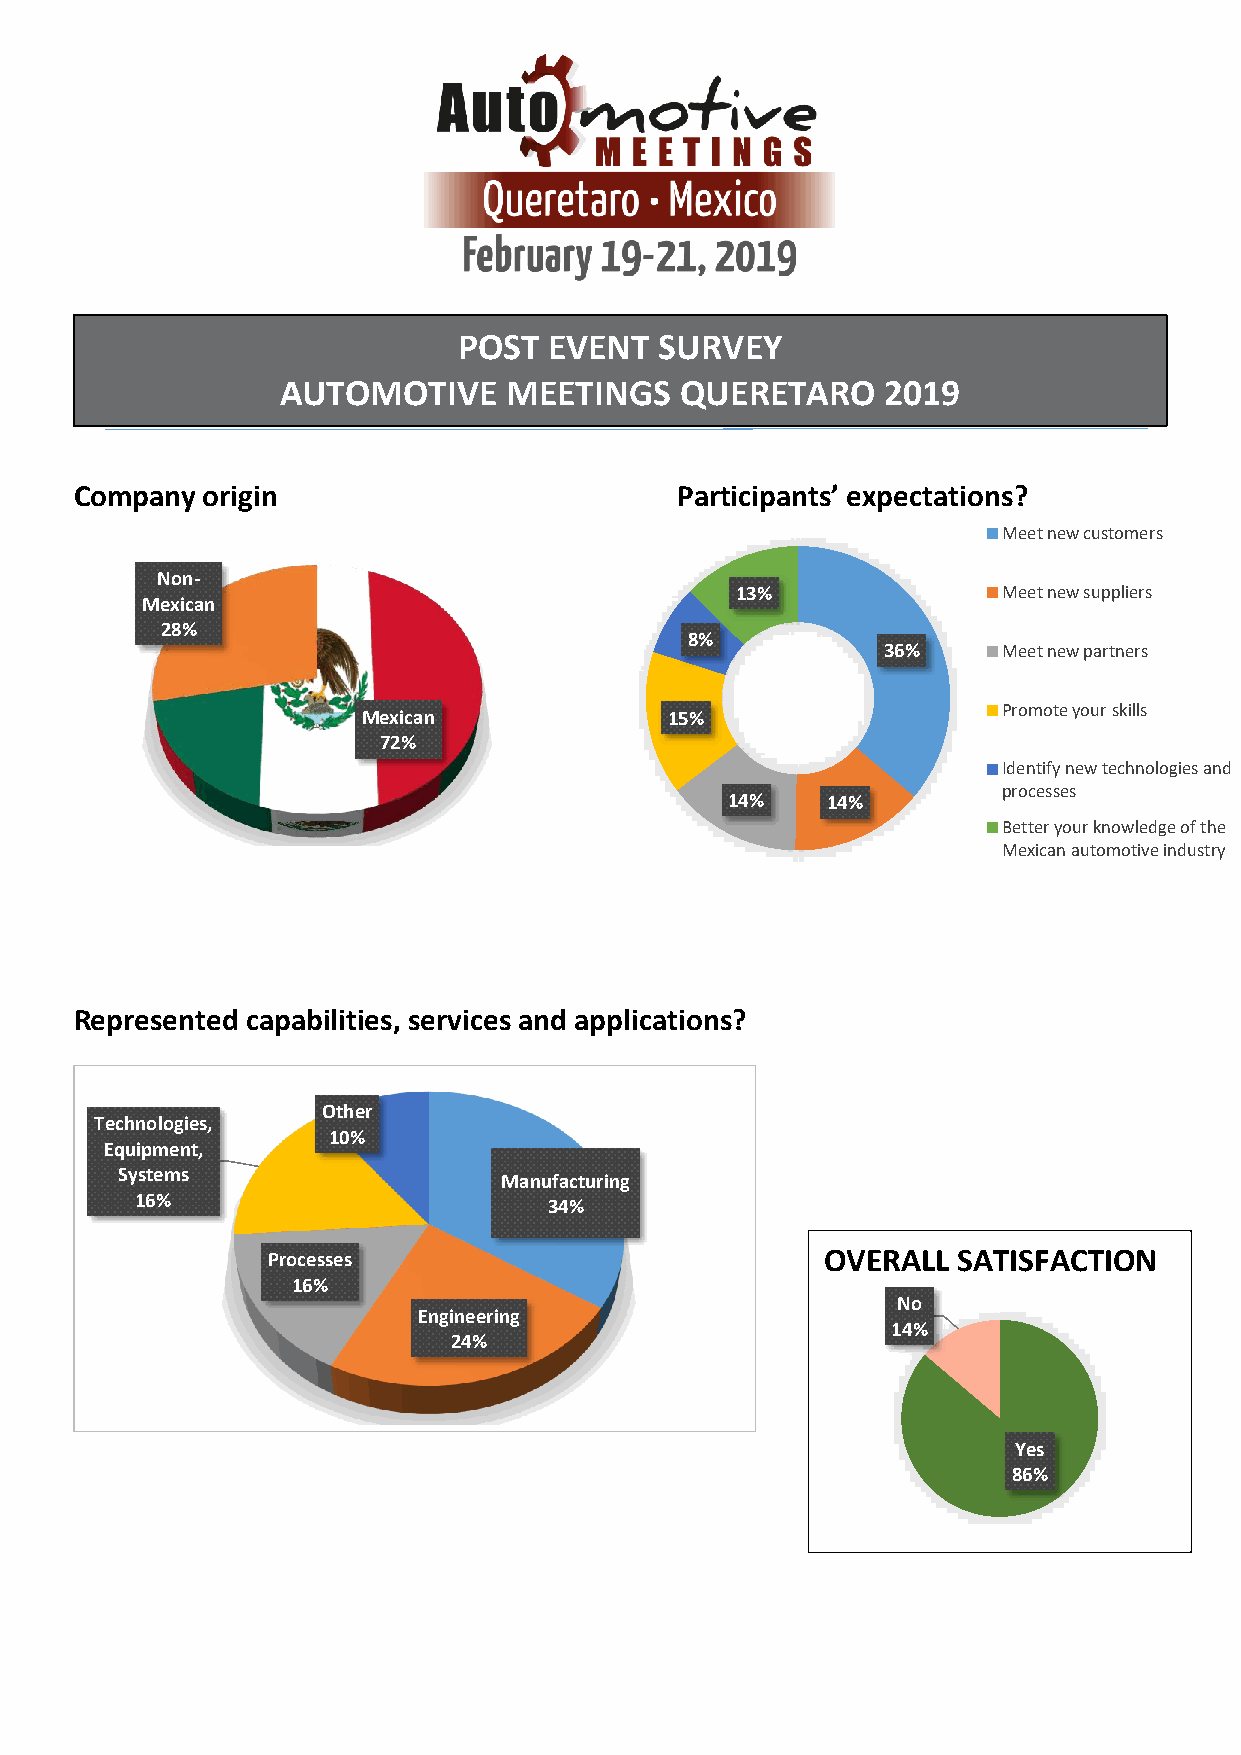
POST  EVENT   SURVEY
 AUTOMOTIVE     MEETINGS   QUERETARO     2019
 Company origin                          Participants’ expectations?
 Meet new customers
 Non-
 13%              Meet new suppliers
 Mexican
 28%
 8%
 36%     Meet new partners
 Promote your skills
 Mexican             15%
 72%
 Identify new technologies and
 processes
 14%    14%
 Better your knowledge of the
 Mexican automotive industry
 Represented capabilities, services and applications?
 Other
 Technologies,
 10%
 Equipment,
 Systems                  Manufacturing
 16%
 34%
 Processes                            OVERALL SATISFACTION
 16%
 No
 Engineering
 14%
 24%
 Yes
 86%